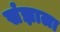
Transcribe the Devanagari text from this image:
संज्ञाला